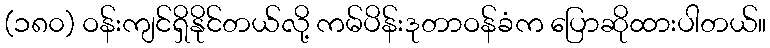
(၁၈၀) ဝန်းကျင်ရှိနိုင်တယ်လို့ ကမ်ပိန်းဒုတာဝန်ခံက ပြောဆိုထားပါတယ်။